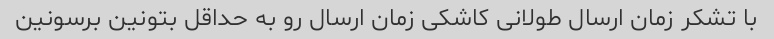
با تشکر زمان ارسال طولانی کاشکی زمان ارسال رو به حداقل بتونین برسونین